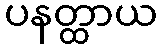
ပနတ္ထာယ